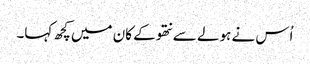
اُس نے ہولے سے نتھو کے کان میں کچھ کہا۔